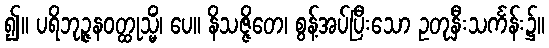
၍။ ပရိဘုဉ္ဇနဝတ္ထုသ္မိံ၊ ပေ။ နိသဇ္ဇိတေ၊ စွန့်အပ်ပြီးသော ဥတုနှီးသင်္ကန်း၌။